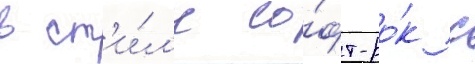
в ст'и́л'е со́фт-ро́к с